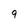
Character: 9